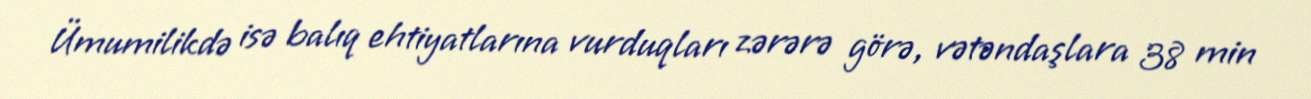
Ümumilikdə isə balıq ehtiyatlarına vurduqları zərərə görə, vətəndaşlara 38 min